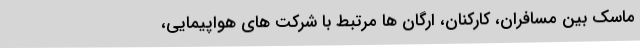
ماسک بین مسافران، کارکنان، ارگان ها مرتبط با شرکت های هواپیمایی،